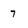
Character: 7